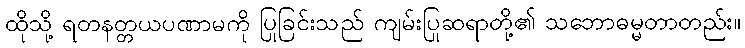
ထိုသို့ ရတနတ္တယပဏာမကို ပြုခြင်းသည် ကျမ်းပြုဆရာတို့၏ သဘောဓမ္မတာတည်း။